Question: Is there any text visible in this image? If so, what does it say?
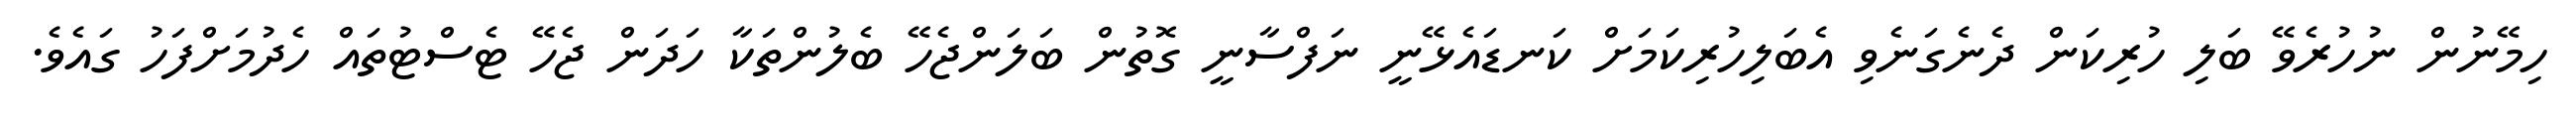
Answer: ހިމޭނުން ނުހުރެވޭ ބަލި ހުރިކަން ދެނެގަނެވި އެބަލިހުރިކަމަށް ކަނޑައެޅޭނީ ނަފްސާނީ ގޮތުން ބަލަންޖެހޭ ބެލުންތަކާ ހަދަން ޖެހޭ ޓެސްޓުތައް ހެދުމަށްފަހު ގައެވެ.